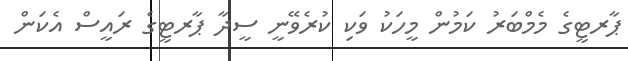
ޕާރޓީގެ މެމްބަރު ކަމުން މީހަކު ވަކި ކުރެވޭނީ ސީދާ ޕާރޓީގެ ރައީސް އެކަން